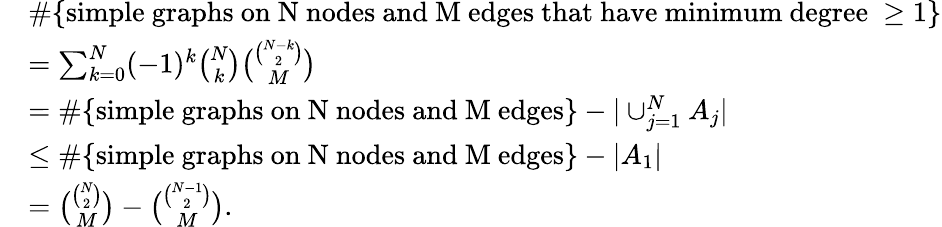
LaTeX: \begin{array}{rl}&{\# \{ \mathrm{simple~graphs~on~N~nodes~and~M~edges~that~have~minimum~degree~}\geq 1\} }\\ &{=\sum_{k=0}^{N}(-1)^{k}\binom{N}{k}\binom{\binom{N-k}{2}}{M}}\\ &{=\# \{ \mathrm{simple~graphs~on~N~nodes~and~M~edges}\} -|\cup_{j=1}^{N}A_{j}|}\\ &{\leq\# \{ \mathrm{simple~graphs~on~N~nodes~and~M~edges}\} -|A_{1}|}\\ &{=\binom{\binom{N}{2}}{M}-\binom{\binom{N-1}{2}}{M}.}\end{array}